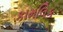
કામલિક